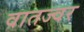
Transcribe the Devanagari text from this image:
वातज्वर